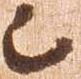
已